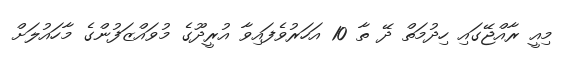
މިއީ ރާއްޖޭގައި ހިދުމަތް ދޭ ތާ 10 އަހަރުވެފައިވާ އުރީދޫގެ މުވައްޒަފުންގެ މާހައުލަށް